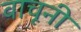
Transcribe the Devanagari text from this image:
वाचूनी